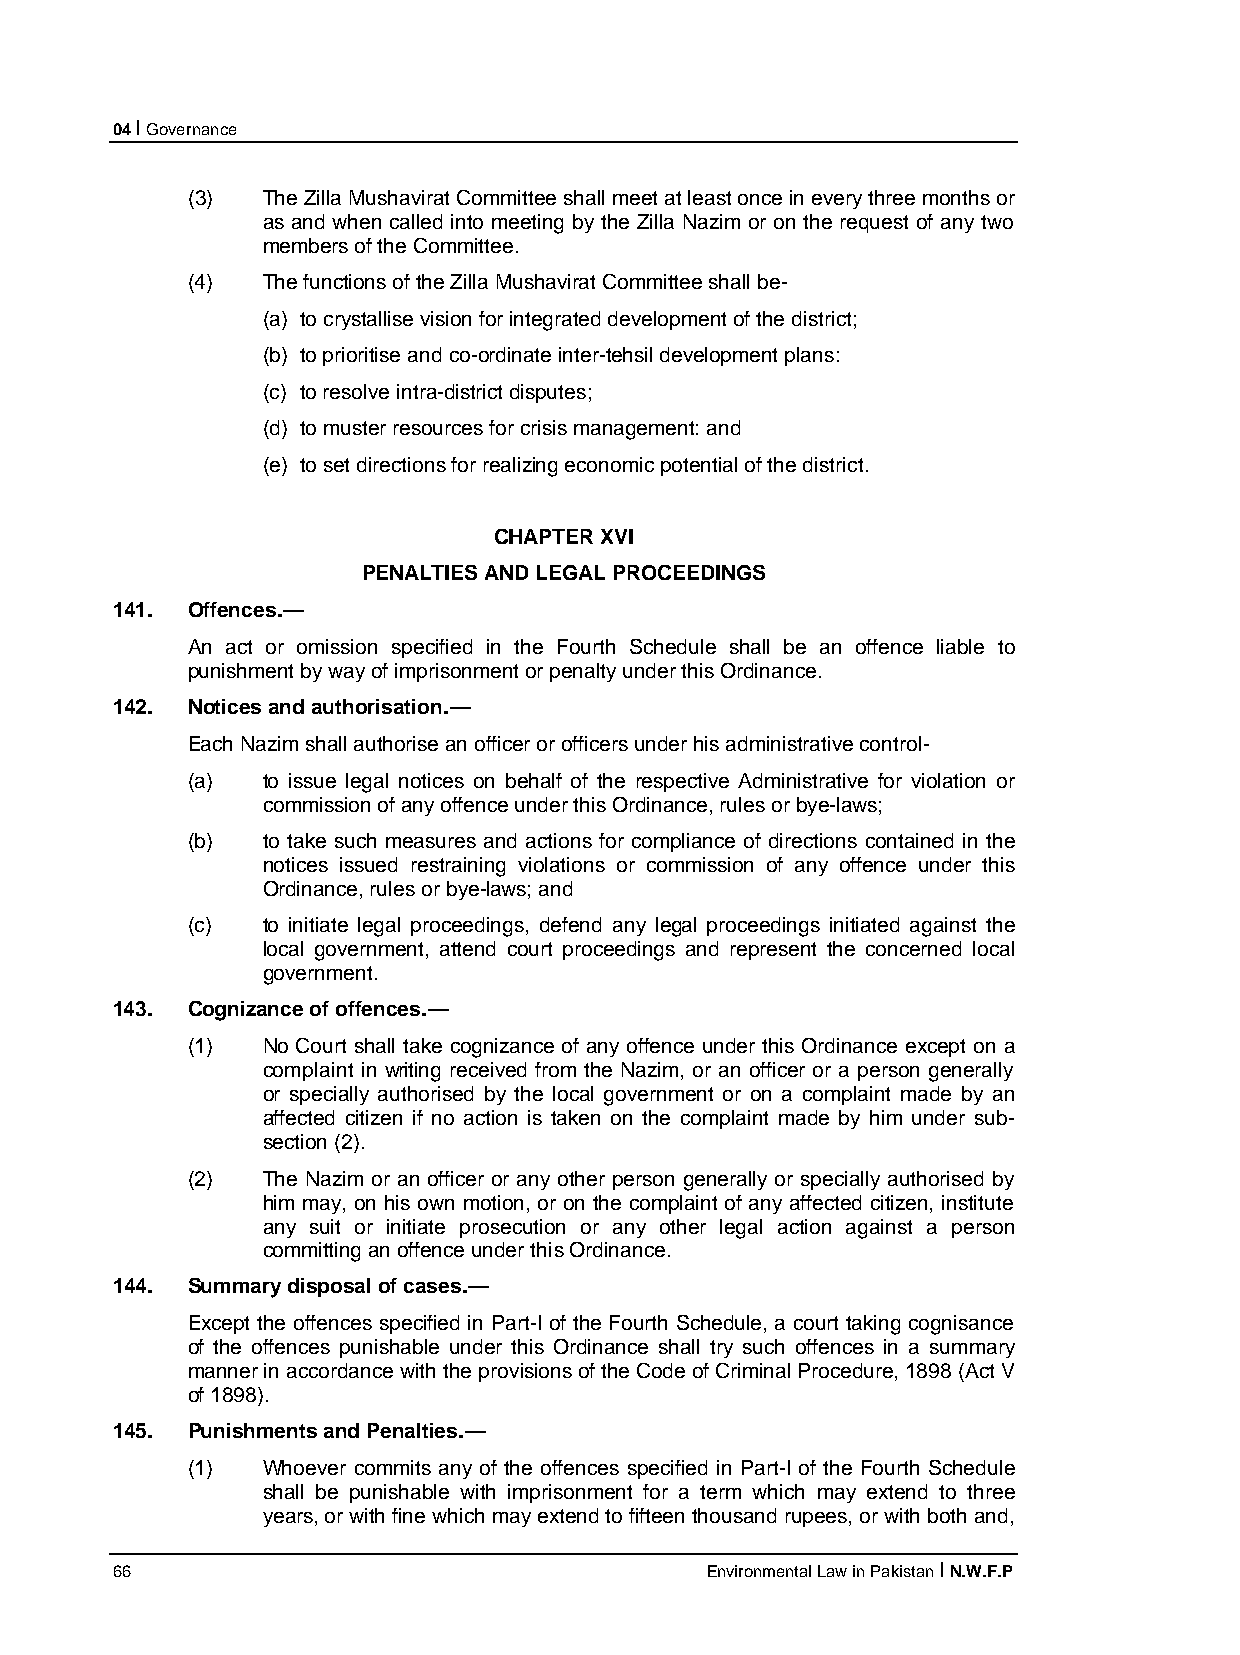
04 I Governance
 (3)  The Zilla Mushavirat Committee shall meet at least once in every three months or
 as and when called into meeting by the Zilla Nazim or on the request of any two
 members of the Committee.
 (4)  The functions of the Zilla Mushavirat Committee shall be-
 (a) to crystallise vision for integrated development of the district;
 (b) to prioritise and co-ordinate inter-tehsil development plans:
 (c) to resolve intra-district disputes;
 (d) to muster resources for crisis management: and
 (e) to set directions for realizing economic potential of the district.
 CHAPTER XVI
 PENALTIES AND LEGAL PROCEEDINGS
 141. Offences.—
 An act or omission specified in the Fourth Schedule shall be an offence liable to
 punishment by way of imprisonment or penalty under this Ordinance.
 142. Notices and authorisation.—
 Each Nazim shall authorise an officer or officers under his administrative control-
 (a)  to issue legal notices on behalf of the respective Administrative for violation or
 commission of any offence under this Ordinance, rules or bye-laws;
 (b)  to take such measures and actions for compliance of directions contained in the
 notices issued restraining violations or commission of any offence under this
 Ordinance, rules or bye-laws; and
 (c)  to initiate legal proceedings, defend any legal proceedings initiated against the
 local government, attend court proceedings and represent the concerned local
 government.
 143. Cognizance of offences.—
 (1)  No Court shall take cognizance of any offence under this Ordinance except on a
 complaint in writing received from the Nazim, or an officer or a person generally
 or specially authorised by the local government or on a complaint made by an
 affected citizen if no action is taken on the complaint made by him under sub-
 section (2).
 (2)  The Nazim or an officer or any other person generally or specially authorised by
 him may, on his own motion, or on the complaint of any affected citizen, institute
 any suit or initiate prosecution or any other legal action against a person
 committing an offence under this Ordinance.
 144. Summary disposal of cases.—
 Except the offences specified in Part-I of the Fourth Schedule, a court taking cognisance
 of the offences punishable under this Ordinance shall try such offences in a summary
 manner in accordance with the provisions of the Code of Criminal Procedure, 1898 (Act V
 of 1898).
 145. Punishments and Penalties.—
 (1)  Whoever commits any of the offences specified in Part-I of the Fourth Schedule
 shall be punishable with imprisonment for a term which may extend to three
 years, or with fine which may extend to fifteen thousand rupees, or with both and,
 66                                      Environmental Law in Pakistan I N.W.F.P